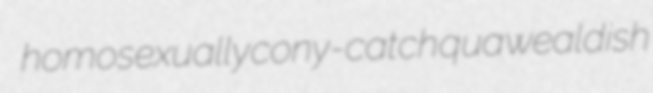
homosexually cony-catch qua wealdish